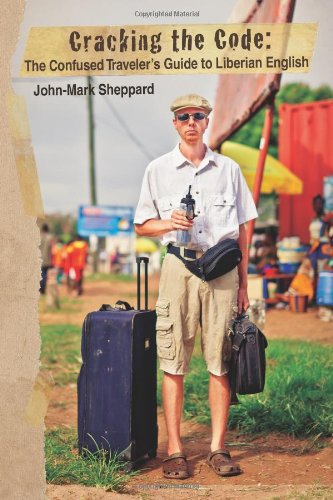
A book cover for Cracking the Code: The Confused Traveler's Guide to Liberian English; John Mark Sheppard; Travel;